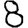
Digit: 8